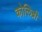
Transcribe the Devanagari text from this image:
कोलिब्री